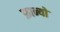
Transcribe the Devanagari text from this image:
फ्रान्यो